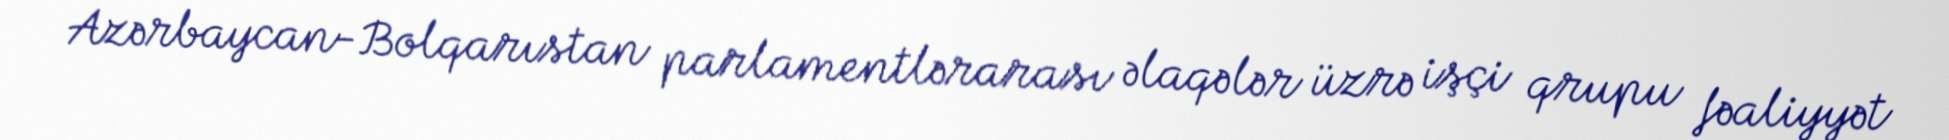
Azərbaycan-Bolqarıstan parlamentlərarası əlaqələr üzrə işçi qrupu fəaliyyət